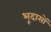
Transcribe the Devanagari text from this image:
भूदासों